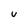
Character: u